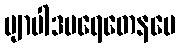
ဗျာပါဒပရေတေနပေ